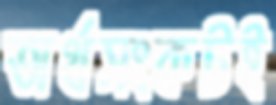
অর্থসংকটই